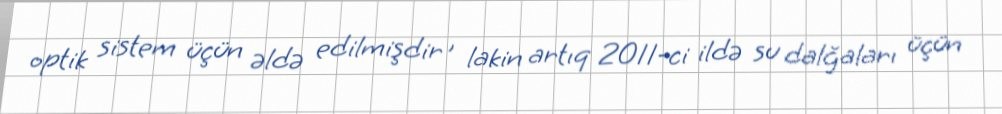
optik sistem üçün əldə edilmişdir , lakin artıq 2011-ci ildə su dalğaları üçün